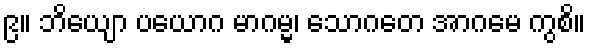
၉။ ဘိယျော ပယောဂ မာဂမ္မ၊ သောဂတေ အာဂမေ ကွစိ။